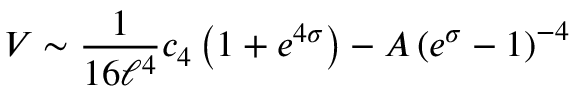
V \sim { \frac { 1 } { 1 6 \ell ^ { 4 } } } c _ { 4 } \left( 1 + e ^ { 4 \sigma } \right) - A \left( e ^ { \sigma } - 1 \right) ^ { - 4 }